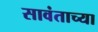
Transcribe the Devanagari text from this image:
सावंताच्या